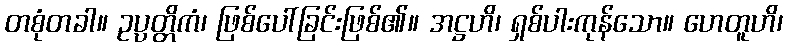
တစုံတခါ။ ဥပ္ပတ္တိကံ၊ ဖြစ်ပေါ်ခြင်းဖြစ်၏။ အဋ္ဌဟိ၊ ရှစ်ပါးကုန်သော။ ဟေတူဟိ၊